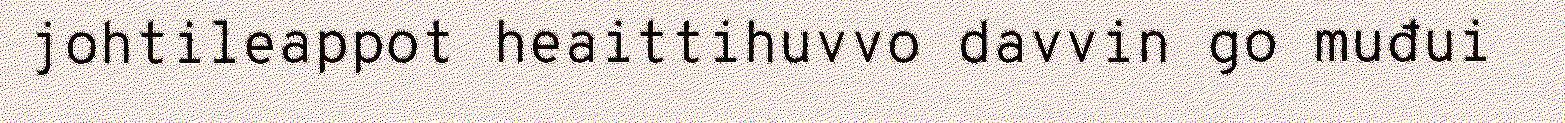
johtileappot heaittihuvvo davvin go muđui